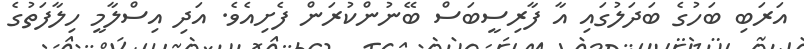
އަރަބި ބަހުގެ ބަދަލުގައި އާ ފާރިސީބަސް ބޭނުންކުރަން ފެށިއެވެ. އަދި އިސްލާމީ ހިލާފަތުގެ